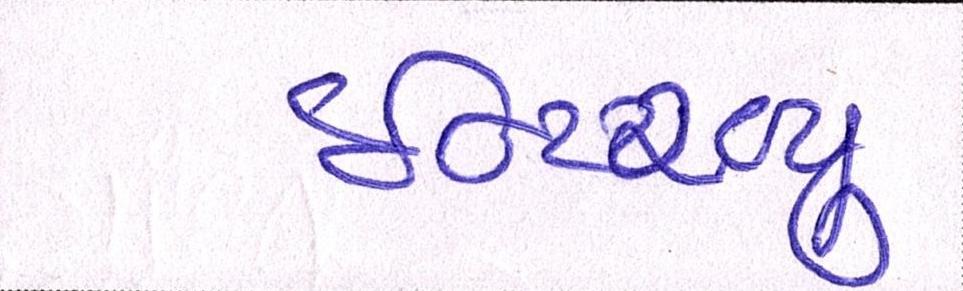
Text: ઈન્ટરવ્યૂ